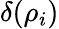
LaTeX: \delta(\rho_{i})